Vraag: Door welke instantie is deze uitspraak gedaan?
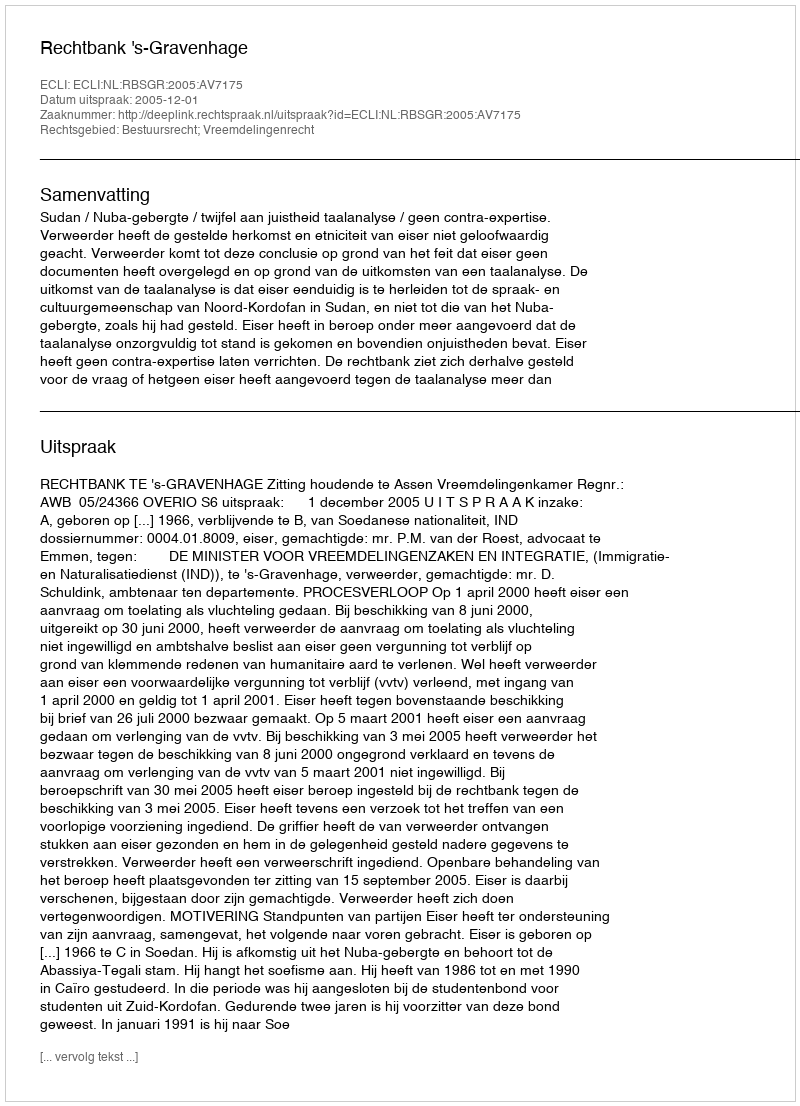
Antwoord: Rechtbank 's-Gravenhage